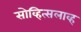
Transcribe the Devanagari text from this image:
सोव्हित्सलाव्ह